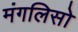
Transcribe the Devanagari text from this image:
मंगलिसो